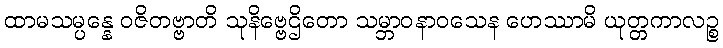
ထာမသမ္ပန္နေ ဝဇိတဗ္ဗာတိ သုနိဗ္ဗေဌိတော သမ္ဘာဝနာဝသေန ဟေဿာမိ ယုတ္တကာလဉ္စ